Malarial fevers
Disease focus: Malaria
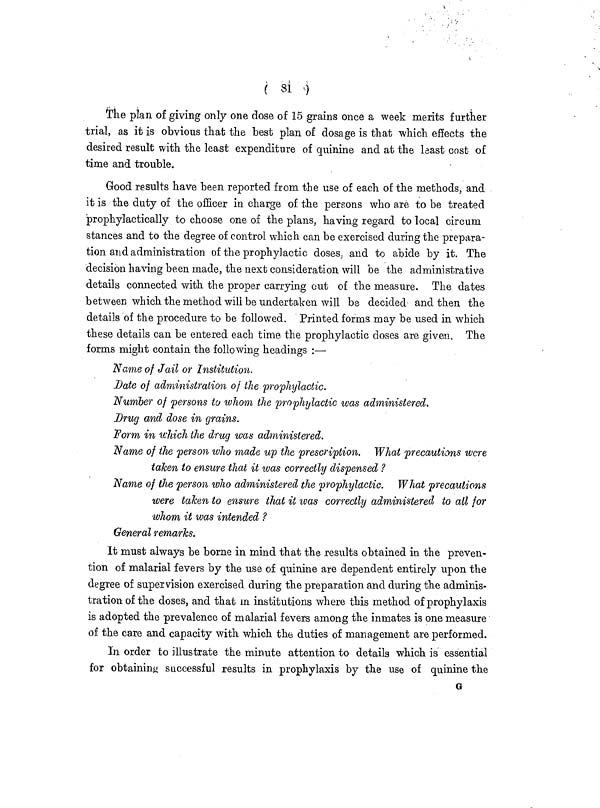
( 81 )
The plan of giving only one dose of 15 grains once a week merits further
trial, as it is obvious that the best plan of dosage is that which effects the
desired result with the least expenditure of quinine and at the least cost of
time and trouble.
Good results have been reported from the use of each of the methods, and
it is the duty of the officer in charge of the persons who are to be treated
prophylactically to choose one of the plans, having regard to local circum
stances and to the degree of control which can be exercised during the prepara-
tion and administration of the prophylactic doses, and to abide by it. The
decision having been made, the next consideration will be the administrative
details connected with the proper carrying out of the measure. The dates
between which the method will be undertaken will be decided' and then the
details of the procedure to be followed. Printed forms may be used in which
these details can be entered each time the prophylactic doses are given. The
forms might contain the following headings :—
Name of Jail or Institution.
Date of administration of the prophylactic.
Number of persons to whom the prophylactic was administered.
Drug and dose in grains.
Form in which the drug was administered.
Name of the person who made up the prescription. What precautions were
taken to ensure that it was correctly dispensed ?
Name of the person who administered the prophylactic. What precautions
were taken to ensure that it was correctly administered to all for
whom it was intended ?
General remarks.
It must always be borne in mind that the results obtained in the preven-
tion of malarial fevers by the use of quinine are dependent entirely upon the
degree of supervision exercised during the preparation and during the adminis-
tration of the doses, and that in institutions where this method of prophylaxis
is adopted the prevalence of malarial fevers among the inmates is one measure
of the care and capacity with which the duties of management are performed.
In order to illustrate the minute attention to details which is essential
for obtaining successful results in prophylaxis by the use of quinine the
G